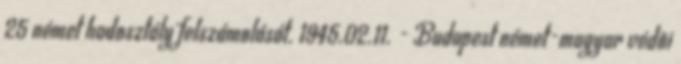
25 német hadosztály felszámolását. 1945.02.11. - Budapest német-magyar védõi